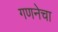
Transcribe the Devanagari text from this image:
गणनेचा